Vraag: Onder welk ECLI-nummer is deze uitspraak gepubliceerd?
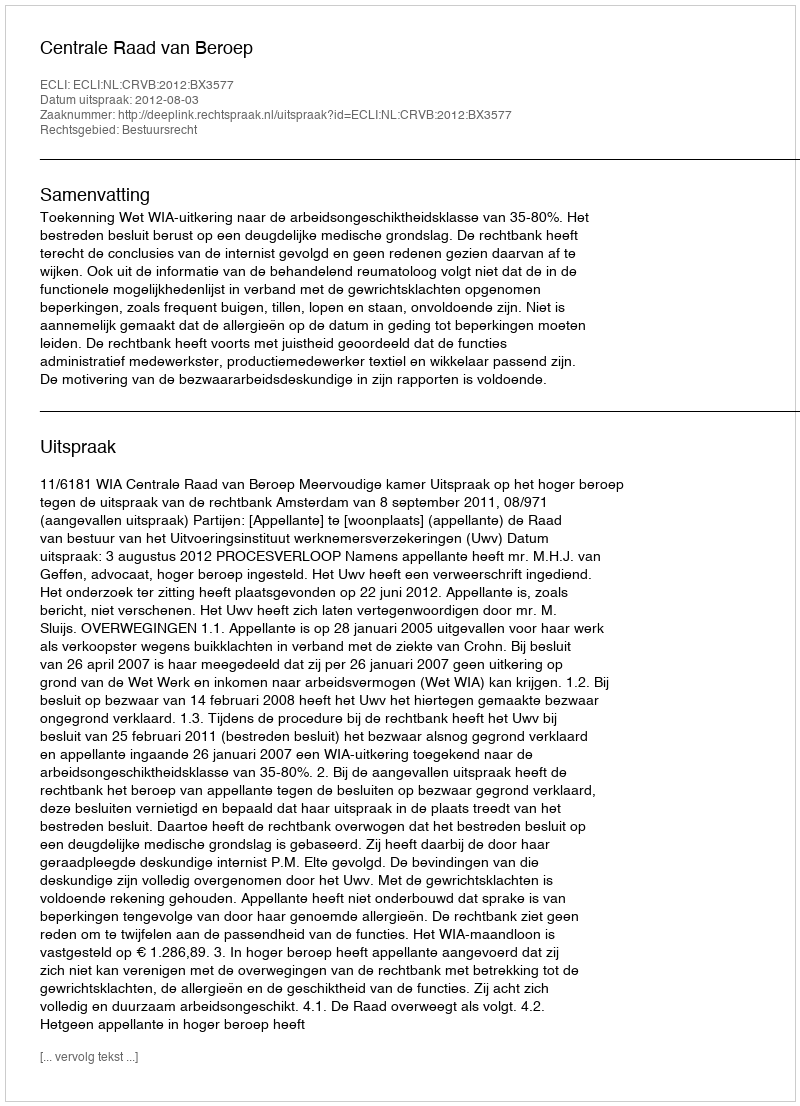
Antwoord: ECLI:NL:CRVB:2012:BX3577